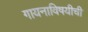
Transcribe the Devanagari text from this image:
गायनाविषयीची